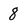
Character: 8